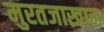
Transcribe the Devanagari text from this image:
मुरतजाखान